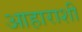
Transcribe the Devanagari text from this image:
आहाराशी